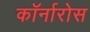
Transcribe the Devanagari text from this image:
कॉर्नारोस